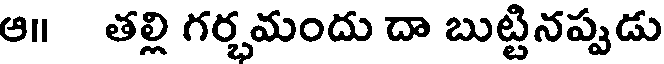
ఆ॥ తల్లి గర్భమందు దా బుట్టినప్పుడు